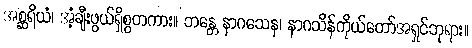
အစ္ဆရိယံ၊ အံ့ချီးဖွယ်ရှိစွတကား။ ဘန္တေ နာဂသေန၊ နာဂသိန်ကိုယ်တော်အရှင်ဘုရား။